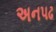
અનપઢ